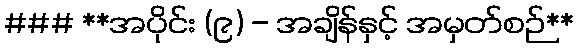
### **အပိုင်း (၉) - အချိန်နှင့် အမှတ်စဉ်**